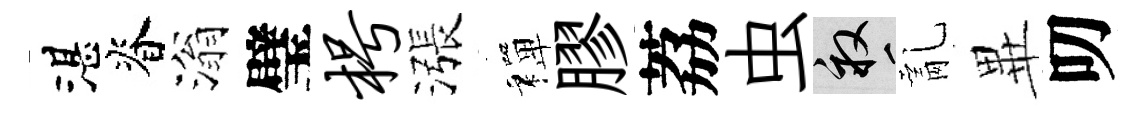
湛脊滃璧枵漲禪膠荔虫畝亂𭺾叨